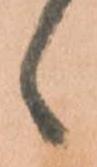
候